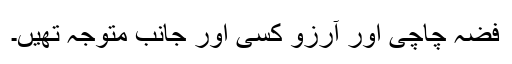
فضہ چاچی اور آرزو کسی اور جانب متوجہ تھیں۔